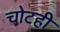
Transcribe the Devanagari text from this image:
चोटही